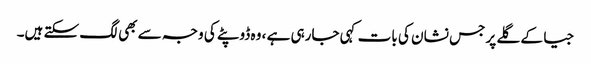
جیا کے گلے پر جس نشان کی بات کہی جارہی ہے ، وہ ڈوپٹے کی وجہ سے بھی لگ سکتے ہیں۔